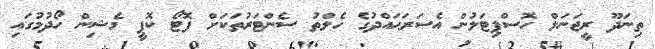
ތިނަދޫ ރީޖަނަލް ހޮސްޕިޓަލުން އެސަރަޙައްދުގެ ހެލްތު ސެންޓަރުތަކަށް ފޮޓޯ ކޮޕީ މެޝިން ހޯދުމުގައި